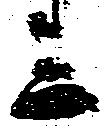
ミ